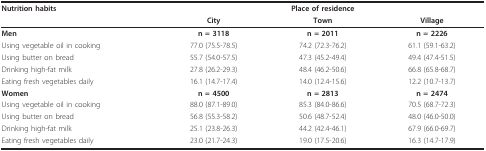
<table><thead><tr><td><b>Nutrition habits</b></td><td colspan="3"><b>Place of residence</b></td></tr><tr><td></td><td><b>City</b></td><td><b>Town</b></td><td><b>Village</b></td></tr></thead><tbody><tr><td><b>Men</b></td><td><b>n = 3118</b></td><td><b>n = 2011</b></td><td><b>n = 2226</b></td></tr><tr><td>Using vegetable oil in cooking</td><td>77.0 (75.5-78.5)</td><td>74.2 (72.3-76.2)</td><td>61.1 (59.1-63.2)</td></tr><tr><td>Using butter on bread</td><td>55.7 (54.0-57.5)</td><td>47.3 (45.2-49.4)</td><td>49.4 (47.4-51.5)</td></tr><tr><td>Drinking high-fat milk</td><td>27.8 (26.2-29.3)</td><td>48.4 (46.2-50.6)</td><td>66.8 (65.8-68.7)</td></tr><tr><td>Eating fresh vegetables daily</td><td>16.1 (14.7-17.4)</td><td>14.0 (12.4-15.6)</td><td>12.2 (10.7-13.7)</td></tr><tr><td><b>Women</b></td><td><b>n = 4500</b></td><td><b>n = 2813</b></td><td><b>n = 2474</b></td></tr><tr><td>Using vegetable oil in cooking</td><td>88.0 (87.1-89.0)</td><td>85.3 (84.0-86.6)</td><td>70.5 (68.7-72.3)</td></tr><tr><td>Using butter on bread</td><td>56.8 (55.3-58.2)</td><td>50.6 (48.7-52.4)</td><td>48.0 (46.0-50.0)</td></tr><tr><td>Drinking high-fat milk</td><td>25.1 (23.8-26.3)</td><td>44.2 (42.4-46.1)</td><td>67.9 (66.0-69.7)</td></tr><tr><td>Eating fresh vegetables daily</td><td>23.0 (21.7-24.3)</td><td>19.0 (17.5-20.6)</td><td>16.3 (14.7-17.9)</td></tr></tbody></table>